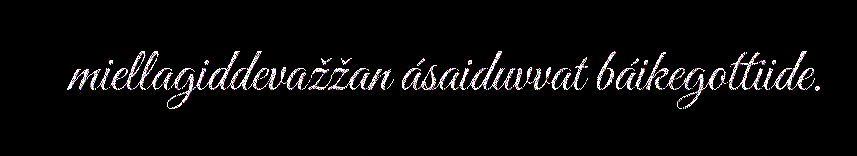
miellagiddevažžan ásaiduvvat báikegottiide.